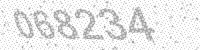
Solution: 068234